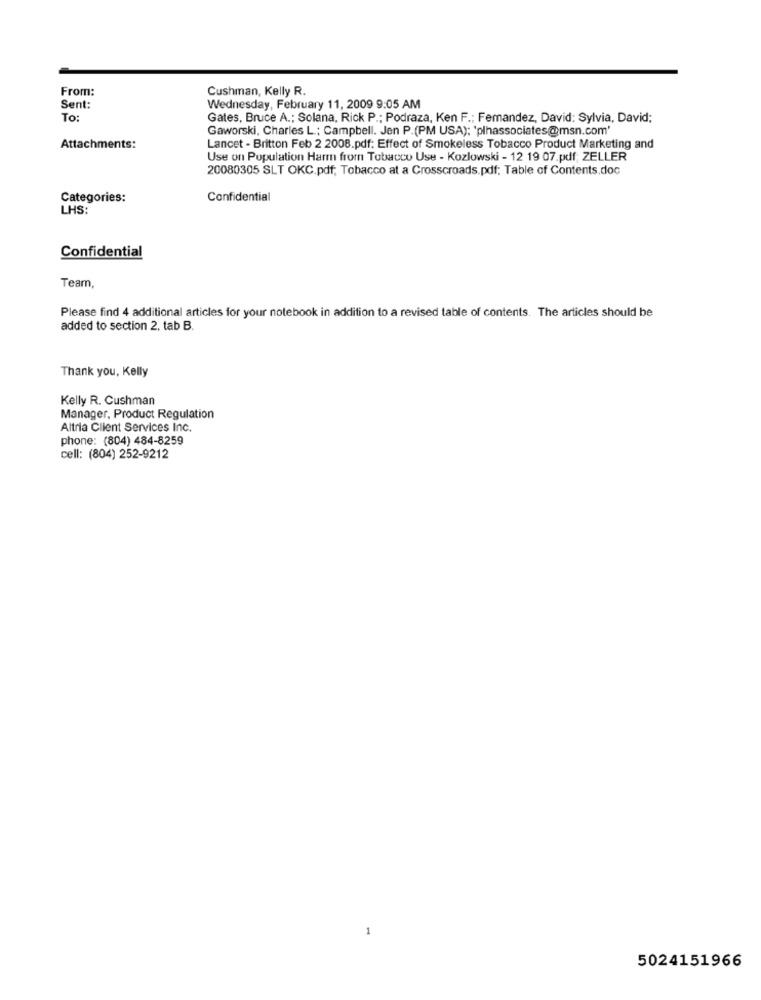
From:
Cushman, Kelly R.
Sent:
Wednesday, February 11, 2009 9:05 AM
To:
Gates, Bruce A .; Solana, Rick P .; Podraza, Ken F .; Femandez, David: Sylvia, David;
Gaworski, Charles L .; Campbell. Jen P.(PM USA); 'plhassociates@msn.com'
Attachments:
Lancet - Britton Feb 2 2008.pdf: Effect of Smokeless Tobacco Product Marketing and
Use on Population Harm from Tobacco Use - Kozlowski - 12 19 07.pdf; ZELLER
20080305 SLT OKC.pdf; Tobacco at a Crosscroads.pdf: Table of Contents.doc
Categories:
Confidential
LHS:
Confidential
Team
Please find 4 additional articles for your notebook in addition to a revised table of contents. The articles should be
added to section 2, tab B.
Thank you, Kelly
Kelly R. Cushman
Manager, Product Regulation
Altria Client Services Inc.
phone: (804) 484-8259
cell: (804) 252-9212
5024151966